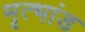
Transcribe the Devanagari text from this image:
मृत्भांड